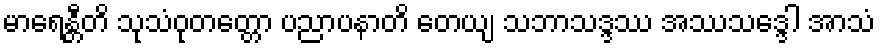
မာရေန္တီတိ သုသံဝုတတ္တော ပညာပနာတိ တေယျ သဘာသဒ္ဒဿ အဿသဒ္ဒေါ အာသံ